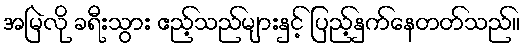
အမြဲလို ခရီးသွား ဧည့်သည်များနှင့် ပြည့်နှက်နေတတ်သည်။